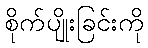
စိုက်ပျိုးခြင်းကို